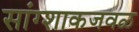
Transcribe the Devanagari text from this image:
सांग्शाकजवळ